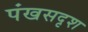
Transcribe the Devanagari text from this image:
पंखसदृश